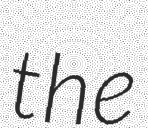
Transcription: the